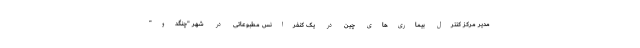
مدیر مرکز کنترل بیماری‌های چین در یک کنفرانس مطبوعاتی در شهر "چنگدو"